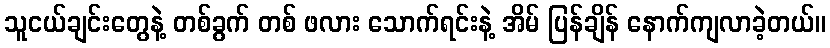
သူငယ်ချင်းတွေနဲ့ တစ်ခွက် တစ် ဖလား သောက်ရင်းနဲ့ အိမ် ပြန်ချိန် နောက်ကျလာခဲ့တယ်။